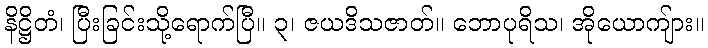
နိဋ္ဌိတံ၊ ပြီးခြင်းသို့ရောက်ပြီ။ ၃၊ ဇယဒိသဇာတ်။ ဘောပုရိသ၊ အိုယောကျ်ား။